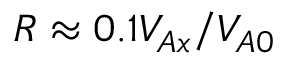
R \approx 0 . 1 V _ { A x } / V _ { A 0 }